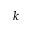
k